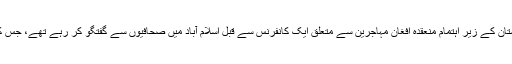
انتونیو گوئتریش یو این ایچ سی آر اور حکومت پاکستان کے زیر اہتمام منعقدہ افغان مہاجرین سے متعلق ایک کانفرنس سے قبل اسلام آباد میں صحافیوں سے گفتگو کر رہے تھے، جس کا افتتاح پیر کو وزیر اعظم عمران خان نے کیا ہے۔